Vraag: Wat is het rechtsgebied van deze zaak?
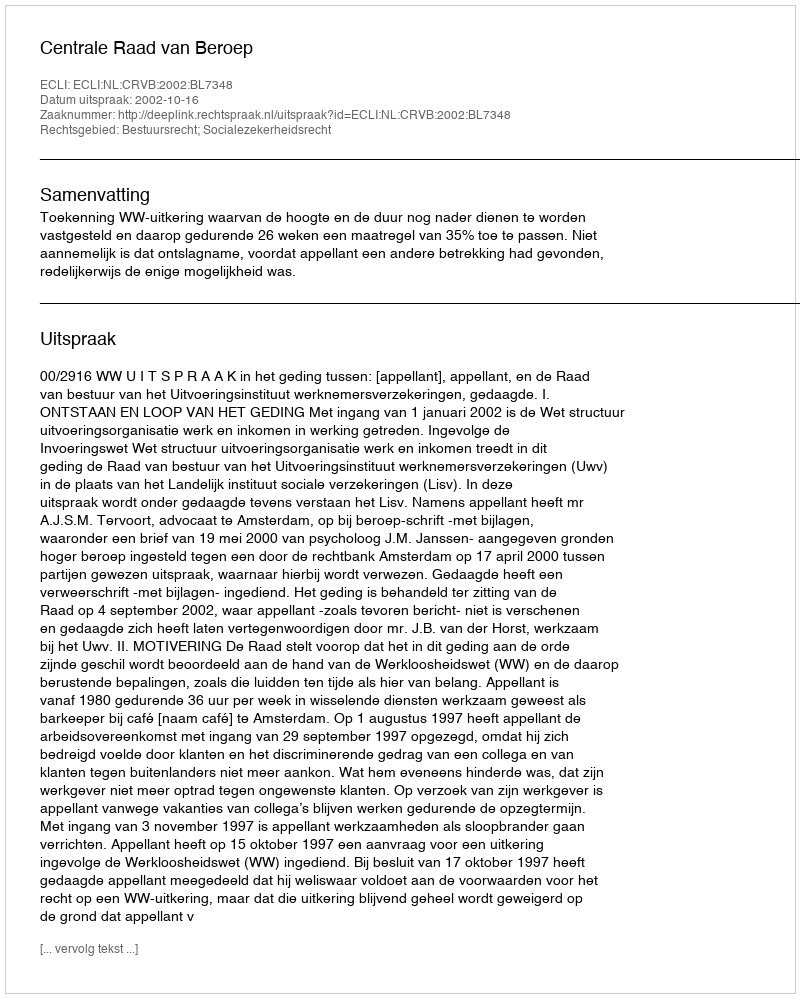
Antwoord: Bestuursrecht; Socialezekerheidsrecht